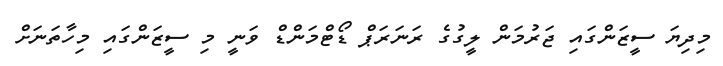
މިދިޔަ ސީޒަންގައި ޖަރުމަން ލީގުގެ ރަނަރަޕް ޑޯޓްމަންޑް ވަނީ މި ސީޒަންގައި މިހާތަނަށް